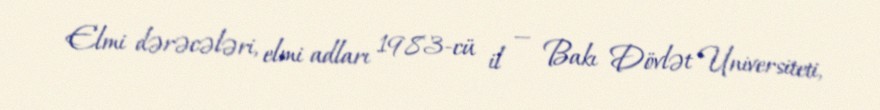
Elmi dərəcələri, elmi adları 1983-cü il — Bakı Dövlət Universiteti,